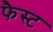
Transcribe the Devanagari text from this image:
फैस्ट